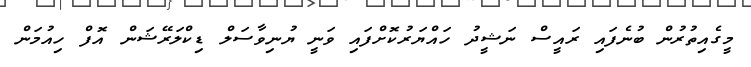
މީގެއިތުރުން ބުނެފައި ރައީސް ނަޝީދު ހައްޔަރުކޮށްފައި ވަނީ ޔުނިވާސަލް ޑިކްލަރޭޝަން އޮފް ހިއުމަން